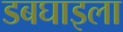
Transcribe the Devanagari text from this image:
डबघाइला